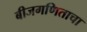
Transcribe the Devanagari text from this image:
बीजगणिताचा